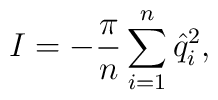
I=-{\pi \over n}\sum_{i=1}^n \hat{q}_i^2,